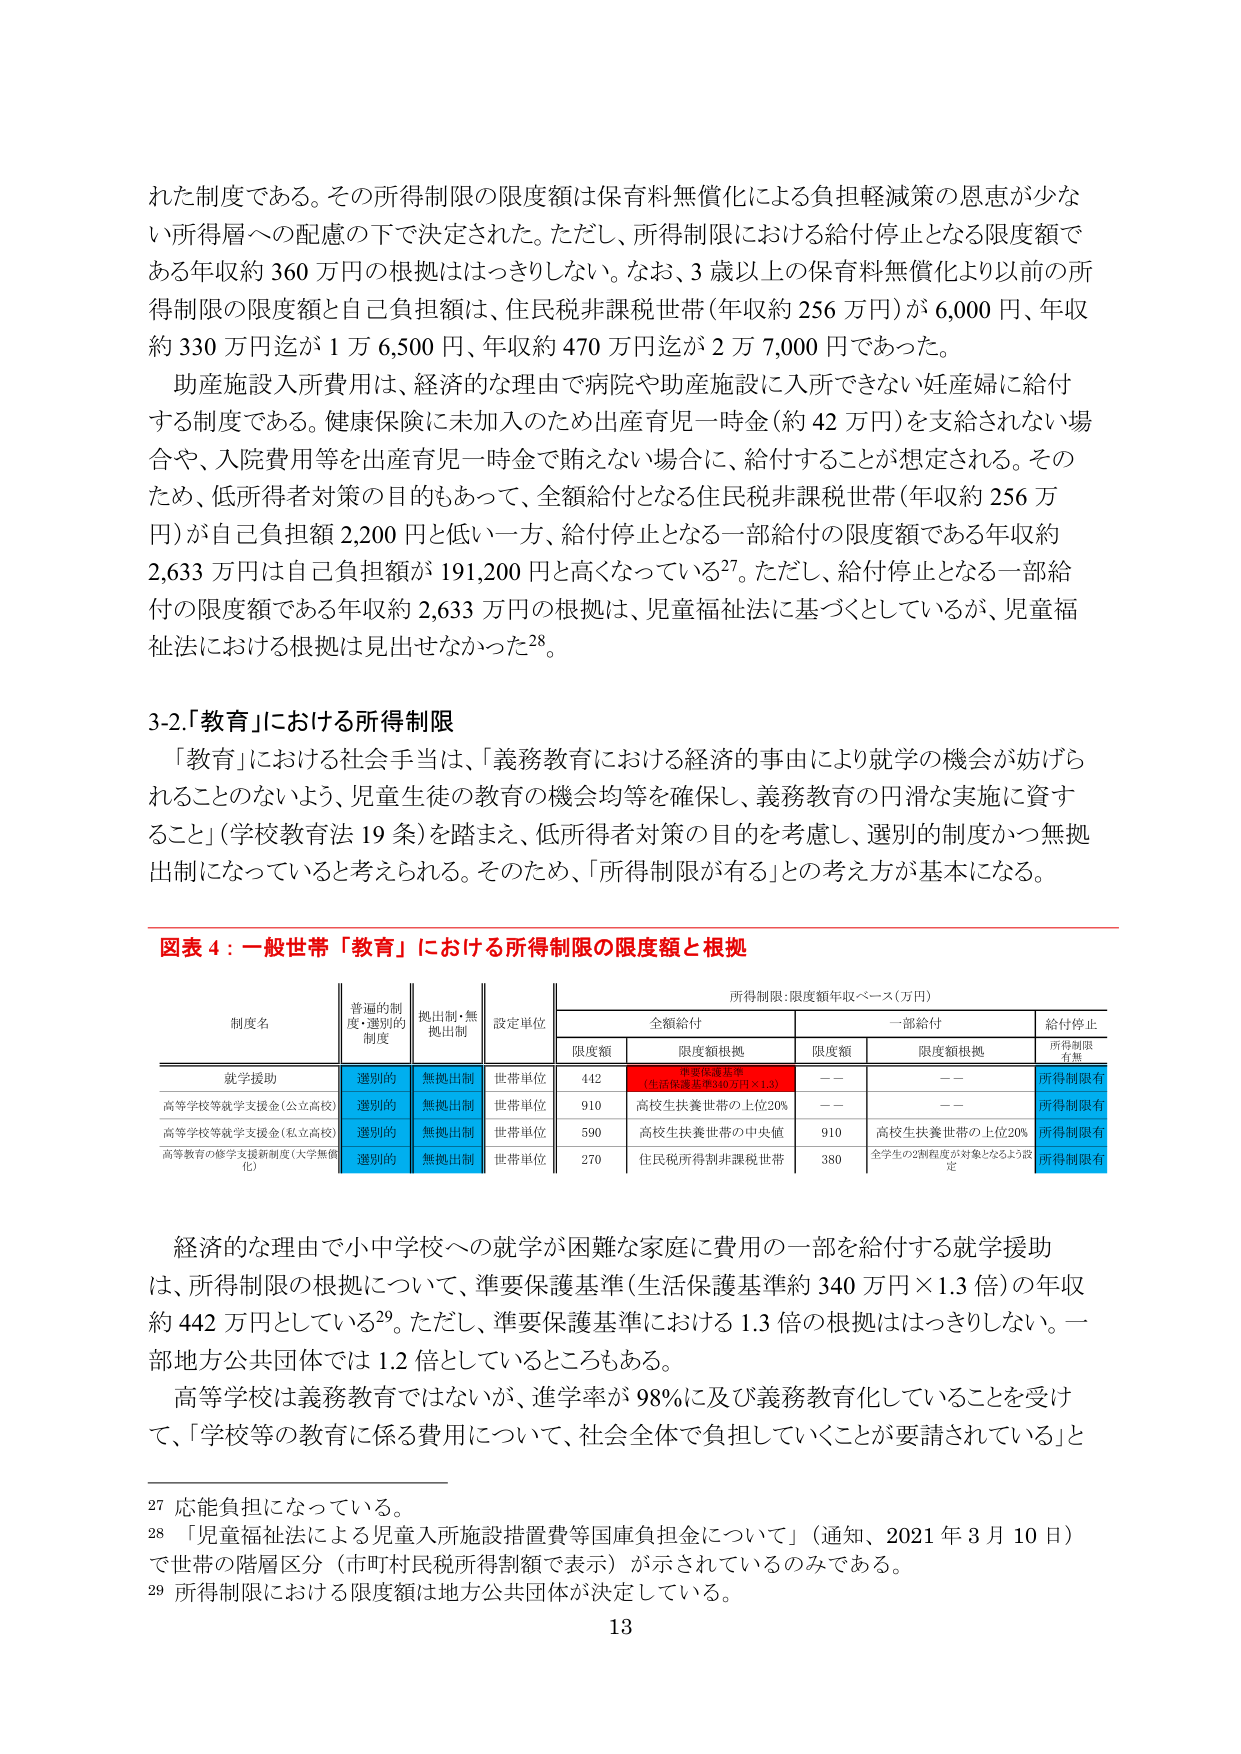
れた制度である。その所得制限の限度額は保育料無償化による負担軽減策の恩恵が少な
い所得層への配慮の下で決定された。ただし、所得制限における給付停止となる限度額で
ある年収約 360 万円の根拠ははっきりしない。なお、3 歳以上の保育料無償化より以前の所
得制限の限度額と自己負担額は、住民税非課税世帯（年収約 256 万円）が 6,000 円、年収
約 330 万円迄が 1 万 6,500 円、年収約 470 万円迄が 2 万 7,000 円であった。
助産施設入所費用は、経済的な理由で病院や助産施設に入所できない妊産婦に給付
する制度である。健康保険に未加入のため出産育児一時金（約 42 万円）を支給されない場
合や、入院費用等を出産育児一時金で賄えない場合に、給付することが想定される。その
ため、低所得者対策の目的もあって、全額給付となる住民税非課税世帯（年収約 256 万
円）が自己負担額 2,200 円と低い一方、給付停止となる一部給付の限度額である年収約
2,633 万円は自己負担額が 191,200 円と高くなっている27。ただし、給付停止となる一部給
付の限度額である年収約 2,633 万円の根拠は、児童福祉法に基づくとしているが、児童福
祉法における根拠は見出せなかった28。

3-2.「教育」における所得制限
「教育」における社会手当は、「義務教育における経済的事由により就学の機会が妨げら
れることのないよう、児童生徒の教育の機会均等を確保し、義務教育の円滑な実施に資す
ること」（学校教育法 19 条）を踏まえ、低所得者対策の目的を考慮し、選別の制度かつ無拠
出制になっていると考えられる。そのため、「所得制限がある」との考え方が基本になる。

図表 4：一般世帯「教育」における所得制限の限度額と根拠

所得制限：限度額年収ベース（万円）

制度名 | 普通的制度・選別の制度 | 拠出制・無拠出制 | 設定単位 | 全額給付 | 一部給付 | 給付停止
--- | --- | --- | --- | --- | --- | ---
 | | | | 限度額 | 限度額根拠 | 限度額 | 限度額根拠 | 所得制限有無
就学援助 | 選別の | 無拠出制 | 世帯単位 | 442 | 準要保護基準（生活保護基準約 340 万円×1.3） | —— | —— | 所得制限有
高等学校等就学支援金（公立高校） | 選別の | 無拠出制 | 世帯単位 | 910 | 高校生扶養世帯の上位 20% | —— | —— | 所得制限有
高等学校等就学支援金（私立高校） | 選別の | 無拠出制 | 世帯単位 | 590 | 高校生扶養世帯の中央値 | 910 | 高校生扶養世帯の上位 20% | 所得制限有
高等教育の修学支援新制度（大学無償化） | 選別の | 無拠出制 | 世帯単位 | 270 | 住民税所得制非課税世帯 | 380 | 全学生の 2 割程度が対象となるよう設定 | 所得制限有

経済的な理由で小中学校への就学が困難な家庭に費用の一部を給付する就学援助
は、所得制限の根拠について、準要保護基準（生活保護基準約 340 万円×1.3 倍）の年収
約 442 万円としている29。ただし、準要保護基準における 1.3 倍の根拠ははっきりしない。一
部地方公共団体では 1.2 倍としているところもある。
高等学校は義務教育ではないが、進学率が 98%に及び義務教育化していることを受け
て、「学校等の教育に係る費用について、社会全体で負担していくことが要請されている」と

27 応能負担になっている。
28 「児童福祉法による児童入所施設措置費等国庫負担金について」（通知、2021 年 3 月 10 日）
で世帯の階層区分（市町村民税所得額で表示）が示されているのみである。
29 所得制限における限度額は地方公共団体が決定している。

13